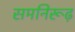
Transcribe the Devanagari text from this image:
समनिरूढ़